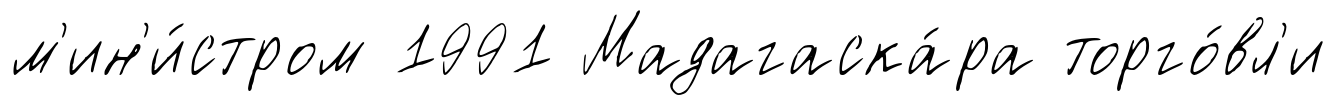
м'ин'и́стром 1991 Мадагаска́ра торго́вл'и